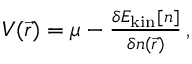
\begin{array} { r } { V ( \vec { r } ) = \mu - \frac { \delta E _ { \mathrm { k i n } } [ n ] } { \delta n ( \vec { r } ) } \, , } \end{array}